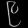
Digit: ၉